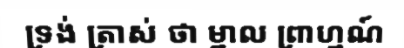
ទ្រង់ ត្រាស់ ថា ម្នាល ព្រាហ្មណ៍